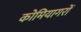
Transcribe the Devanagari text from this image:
कोमियागरों